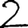
Digit: 2